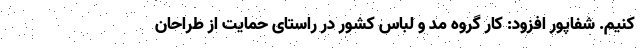
کنیم. شفاپور افزود: کار گروه مد و لباس کشور در راستای حمایت از طراحان